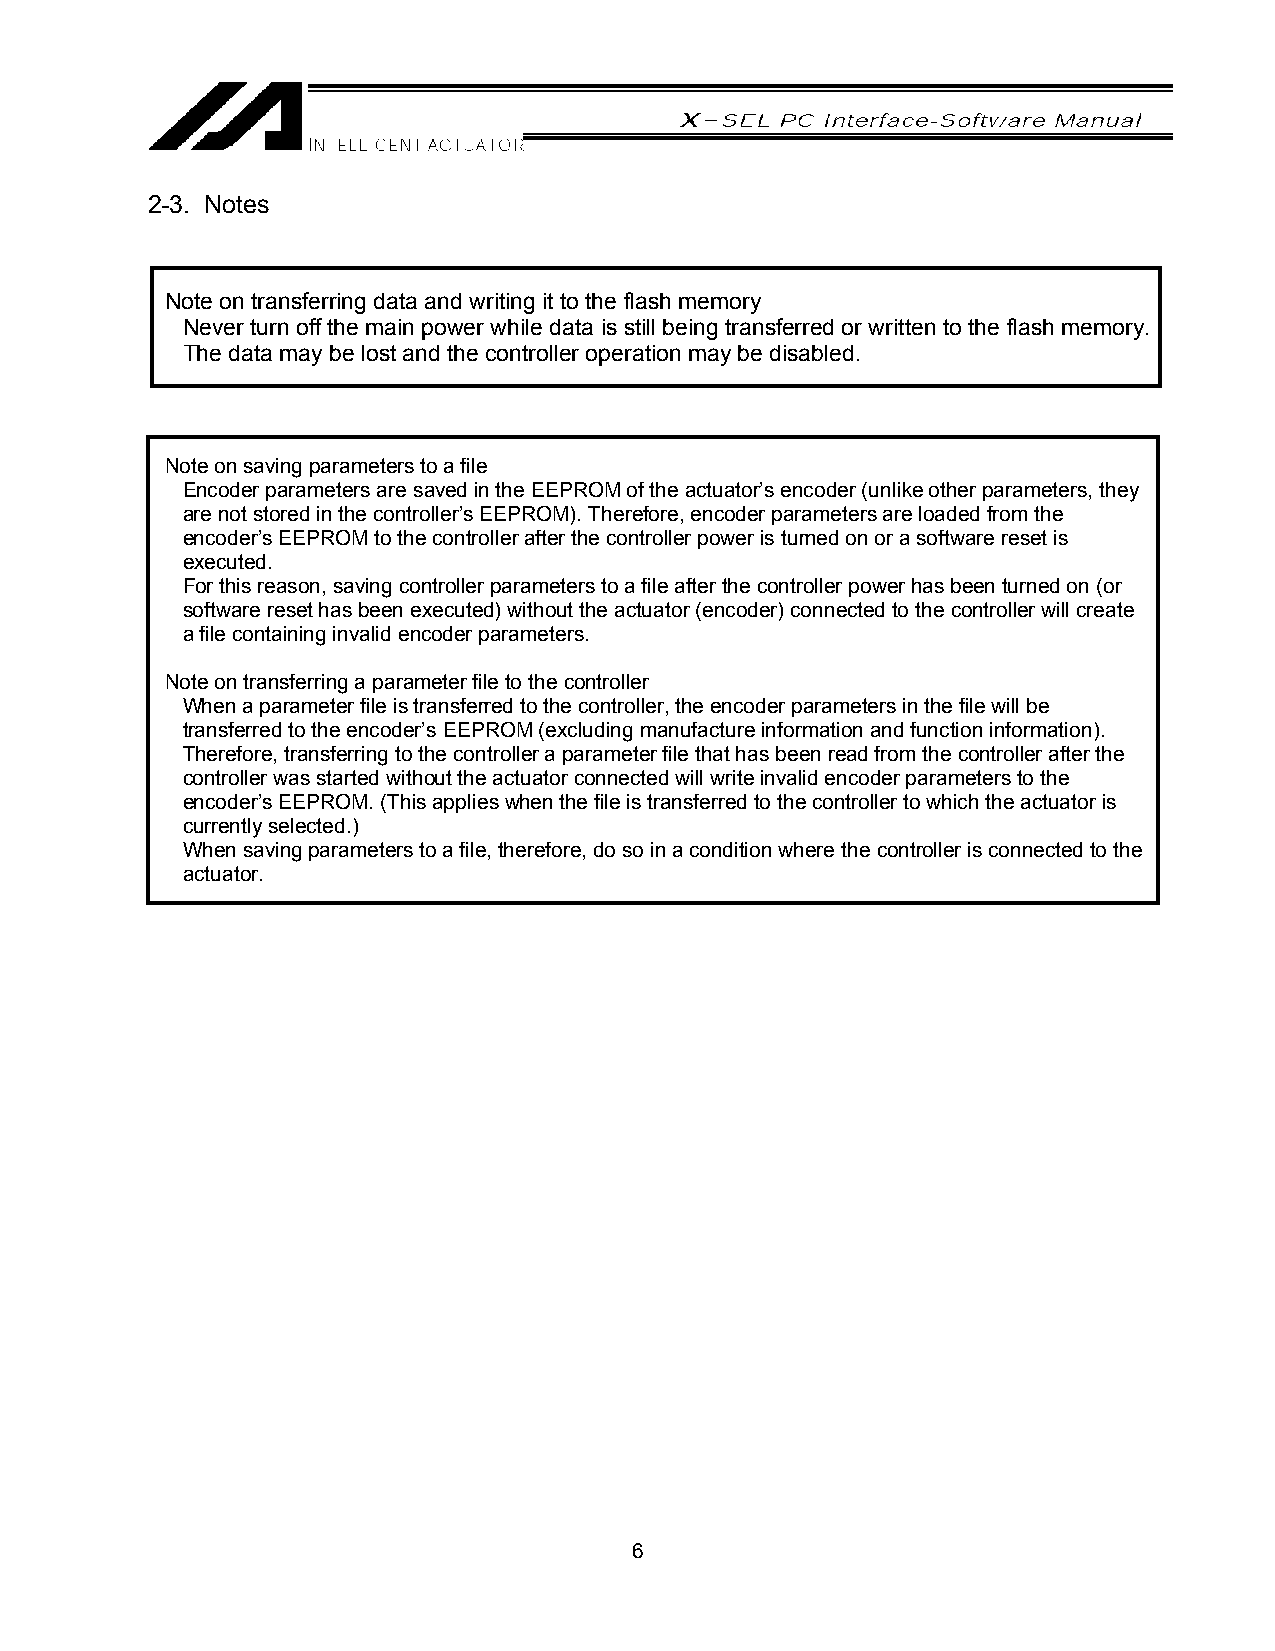
2-3. Notes
 Note on transferring data and writing it to the flash memory
 Never turn off the main power while data is still being transferred or written to the flash memory.
 The data may be lost and the controller operation may be disabled.
 Note on saving parameters to a file
 Encoder parameters are saved in the EEPROM of the actuator’s encoder (unlike other parameters, they
 are not stored in the controller’s EEPROM). Therefore, encoder parameters are loaded from the
 encoder’s EEPROM to the controller after the controller power is turned on or a software reset is
 executed.
 For this reason, saving controller parameters to a file after the controller power has been turned on (or
 software reset has been executed) without the actuator (encoder) connected to the controller will create
 a file containing invalid encoder parameters.
 Note on transferring a parameter file to the controller
 When a parameter file is transferred to the controller, the encoder parameters in the file will be
 transferred to the encoder’s EEPROM (excluding manufacture information and function information).
 Therefore, transferring to the controller a parameter file that has been read from the controller after the
 controller was started without the actuator connected will write invalid encoder parameters to the
 encoder’s EEPROM. (This applies when the file is transferred to the controller to which the actuator is
 currently selected.)
 When saving parameters to a file, therefore, do so in a condition where the controller is connected to the
 actuator.
 6